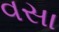
વસા